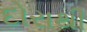
દોરાથી